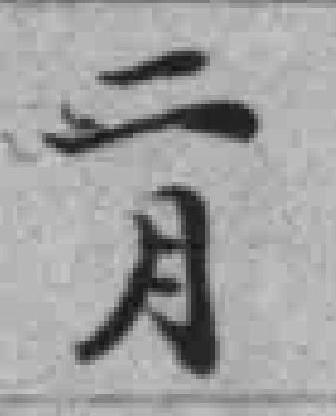
二月